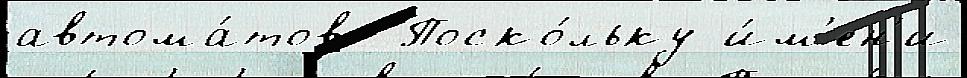
автома́тов  Поско́льку и́м'ен'и